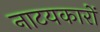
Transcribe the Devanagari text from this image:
नाटयकारों